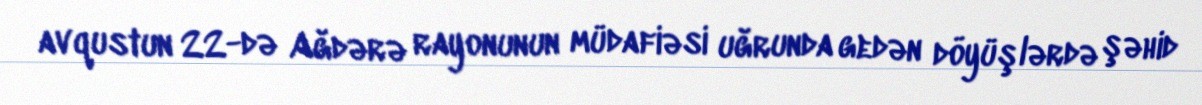
avqustun 22-də Ağdərə rayonunun müdafiəsi uğrunda gedən döyüşlərdə şəhid